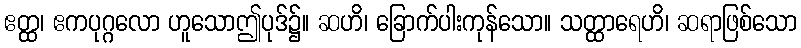
ဧတ္ထ၊ ဧကပုဂ္ဂလော ဟူသောဤပုဒ်၌။ ဆဟိ၊ ခြောက်ပါးကုန်သော။ သတ္ထာရေဟိ၊ ဆရာဖြစ်သော